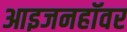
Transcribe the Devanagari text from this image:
आइजनहॉवर